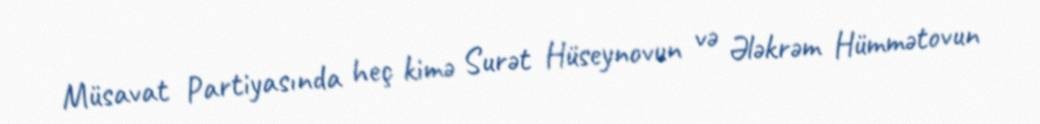
Müsavat Partiyasında heç kimə Surət Hüseynovun və Ələkrəm Hümmətovun